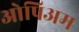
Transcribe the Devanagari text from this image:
ओपिअम